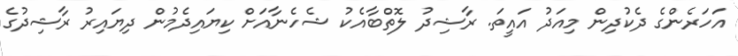
އަހަރެންގެ ދެކުދިން މިއަދު އައީތަ. ރާޝިދު ލޮތްބާއެކު ޝެހެނާއަށް ކިޔައިދެމުން ދިޔައިރު ރާޝިދުގެ